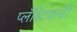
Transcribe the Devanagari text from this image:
प्लॅस्टिकची